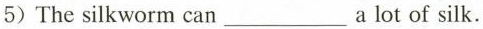
5)The silkworm can___a lot of silk.